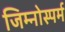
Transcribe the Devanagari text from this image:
जिम्‍नोस्‍पर्म